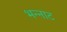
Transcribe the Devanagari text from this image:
भन्‍नाट